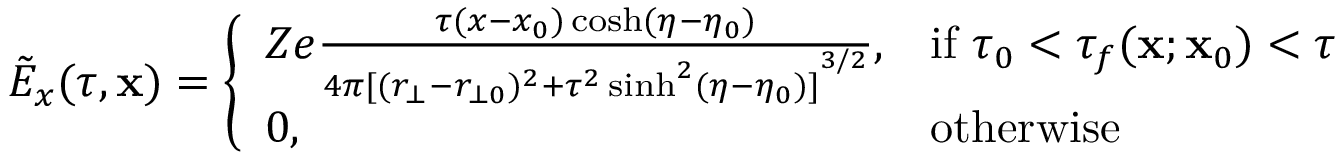
\tilde { E } _ { x } ( \tau , \mathbf { x } ) = \left\{ \begin{array} { l l } { Z e \frac { \tau ( x - x _ { 0 } ) \cosh ( \eta - \eta _ { 0 } ) } { 4 \pi { [ ( r _ { \bot } - r _ { \bot 0 } ) ^ { 2 } + \tau ^ { 2 } \sinh ^ { 2 } ( \eta - \eta _ { 0 } ) ] } ^ { 3 / 2 } } , } & { \mathrm { i f ~ } \tau _ { 0 } < \tau _ { f } ( \mathbf { x } ; \mathbf { x } _ { 0 } ) < \tau } \\ { 0 , } & { \mathrm { o t h e r w i s e } } \end{array} \right.